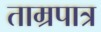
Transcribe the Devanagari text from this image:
ताम्रपात्र